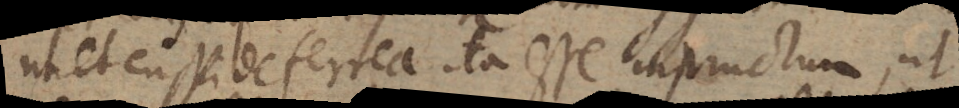
ut et cuspide ferrea ita esse instructum, ut